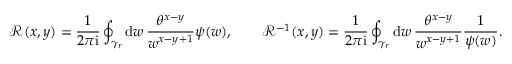
\mathcal { R } ( x , y ) = \frac 1 { 2 \pi \mathrm { i } } \oint _ { \gamma _ { r } } \mathrm { d } w \, \frac { \theta ^ { x - y } } { w ^ { x - y + 1 } } \psi ( w ) , \qquad \mathcal { R } ^ { - 1 } ( x , y ) = \frac 1 { 2 \pi \mathrm { i } } \oint _ { \gamma _ { r } } \mathrm { d } w \, \frac { \theta ^ { x - y } } { w ^ { x - y + 1 } } \frac { 1 } { \psi ( w ) } .